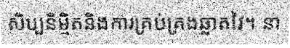
សិប្បនិម្មិតនិងការគ្រប់គ្រងឆ្លាតវៃ។ នា